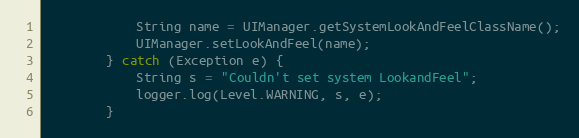
Language: Java
			String name = UIManager.getSystemLookAndFeelClassName();
			UIManager.setLookAndFeel(name);
		} catch (Exception e) {
			String s = "Couldn't set system LookandFeel";
			logger.log(Level.WARNING, s, e);
		}